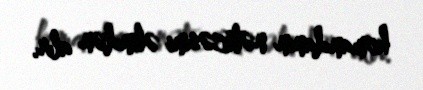
komandanın nəticəsini əlindən alır.